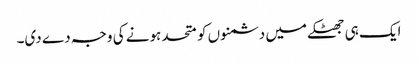
ایک ہی جھٹکے میں دشمنوں کو متحد ہونے کی وجہ دے دی۔